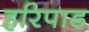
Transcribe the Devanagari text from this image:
हरिपाड